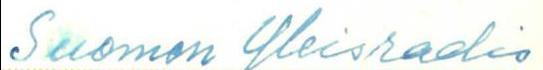
Suomen Yleisradio